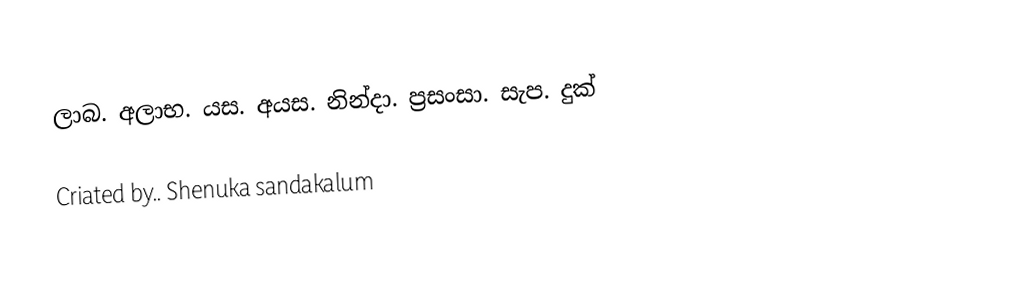
ලාබ. අලාභ. යස. අයස. නින්දා. ප්‍රසංසා. සැප. දුක්

             Criated by.. Shenuka sandakalum